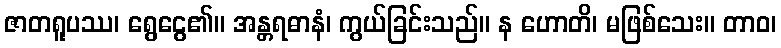
ဇာတရူပဿ၊ ရွေငွေ၏။ အန္တရဓာနံ၊ ကွယ်ခြင်းသည်။ န ဟောတိ၊ မဖြစ်သေး။ တာဝ၊